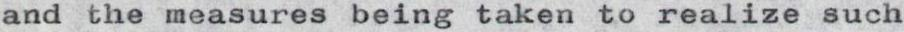
and the measures being taken to realize such